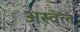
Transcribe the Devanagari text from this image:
अस्वलं